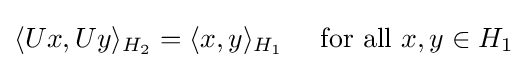
\langle Ux,Uy\rangle _{H_{2}}=\langle x,y\rangle _{H_{1}}\quad {\text{ for all }}x,y\in H_{1}